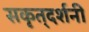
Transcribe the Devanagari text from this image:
सकृत्‌दर्शनी